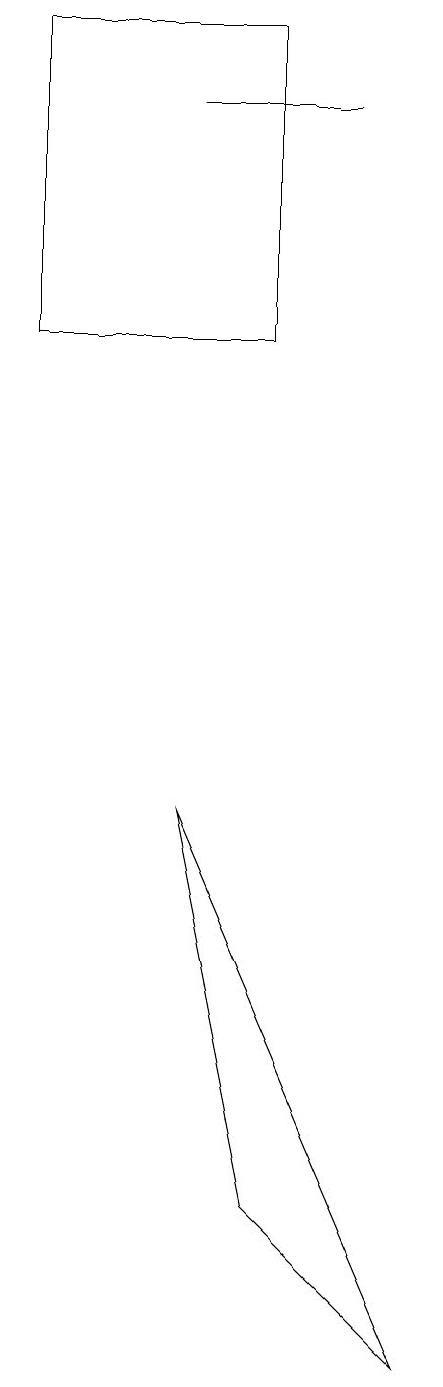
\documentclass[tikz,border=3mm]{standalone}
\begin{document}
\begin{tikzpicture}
\draw (1,17) rectangle (4,13);
\draw (5,16) rectangle (3,16);
\draw (4,2) -- (6,0) -- (3,7) -- cycle;
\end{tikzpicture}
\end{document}